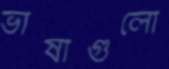
ভাষাগুলো